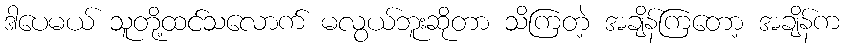
ဒါပေမယ် သူတို့ထင်သလောက် မလွယ်ဘူးဆိုတာ သိကြတဲ့ အချိန်ကြတော့ အချိန်က